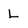
Character: L